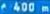
f400m